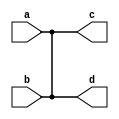
module gates (  input a, b,
                output c, d
                );  
  
    buf (c, a, b);  // c is the output, a and b are inputs  
    not (d, a, b);  // d is the output, a and b are inputs  
  
endmodule